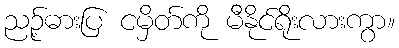
ညဉ့်ဓားပြ ငမှိတ်ကို မီနိုင်ရိုးလားကွာ။